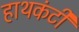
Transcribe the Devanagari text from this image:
हाथकंटी